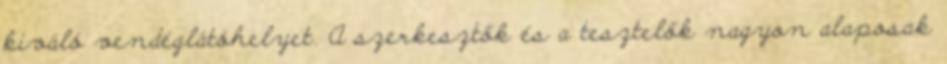
kiváló vendéglátóhelyet. A szerkesztők és a tesztelők nagyon alaposak